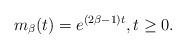
LaTeX: \begin{align*}m_\beta(t) = e^{(2\beta -1)t},t\ge 0.\end{align*}